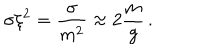
\sigma \xi ^ { 2 } = \frac { \sigma } { m ^ { 2 } } \approx 2 \frac { m } { g } \, .